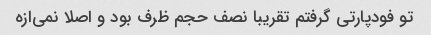
تو فودپارتی گرفتم تقریبا نصف حجم ظرف بود و اصلا نمی‌ازه